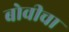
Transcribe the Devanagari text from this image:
बोवीचा